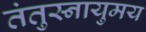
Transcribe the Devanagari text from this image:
तंतुस्नायुमय